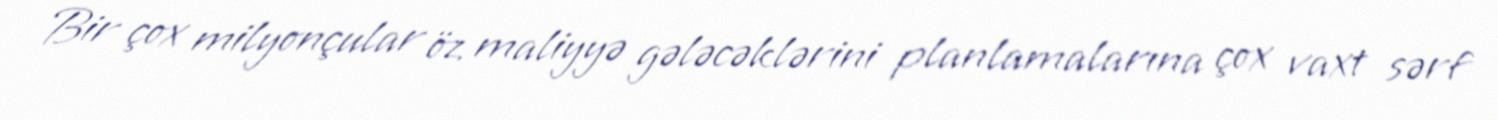
Bir çox milyonçular öz maliyyə gələcəklərini planlamalarına çox vaxt sərf